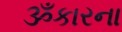
ૐકારના